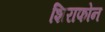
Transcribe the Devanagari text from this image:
शिराफोन